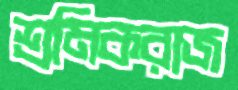
শ্রমিকরাজ